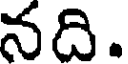
నది.